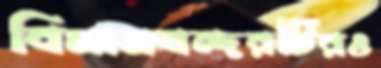
বিমানবন্দরটিরও